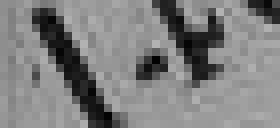
140